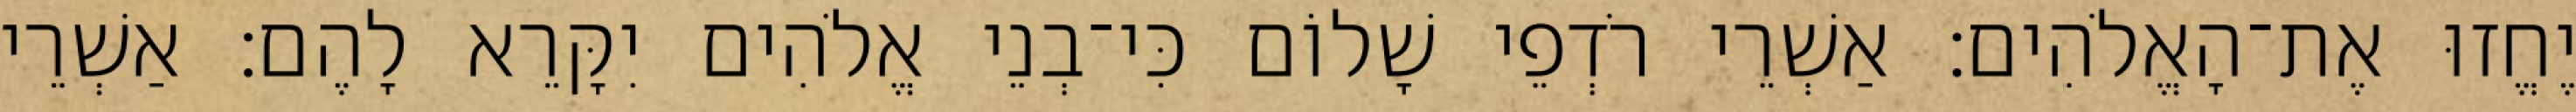
יֶחֱזוּ אֶת־הָאֱלֹהִים׃ אַשְׁרֵי רֹדְפֵי שָׁלוֹם כִּי־בְנֵי אֱלֹהִים יִקָּרֵא לָהֶם׃ אַשְׁרֵי